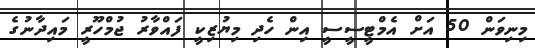
މިނިވަން 50 އަށް އެމްޓީސީސީ އިން ހެދި މިޔުޒިކީ ފައްވާރު ޖުމްހޫރީ މައިދާނުގެ